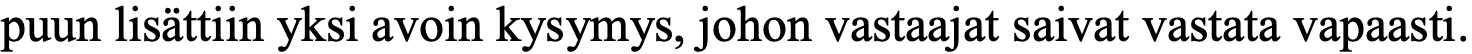
puun lisättiin yksi avoin kysymys, johon vastaajat saivat vastata vapaasti.